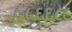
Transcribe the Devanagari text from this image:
५५६६८८